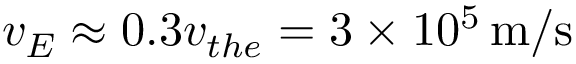
v _ { E } \approx 0 . 3 v _ { t h e } = 3 \times 1 0 ^ { 5 } \, \mathrm { m / s }